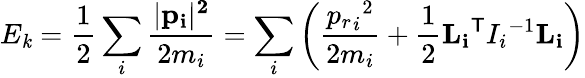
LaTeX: E_{\mathit{k}}={\frac{{1}}{{2}}}\sum_{i}{\frac{{|{\mathbf{{{p}_{i}|^{2}}}}}}{{2m_{i}}}}=\sum_{i}\left({\frac{{{{p_{r}}_{i}}^{2}}}{{2m_{i}}}}+{\frac{{1}}{{2}}}{\mathbf{{{L}_{i}}}}^{\textsf{{T}}}{I_{i}}^{-1}{\mathbf{{{L}_{i}}}}\right)